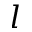
l